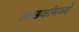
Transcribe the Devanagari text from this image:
लाडवांमध्ये